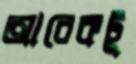
আরেকটু